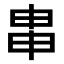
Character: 𤱓